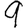
Digit: 9